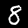
Digit: 8